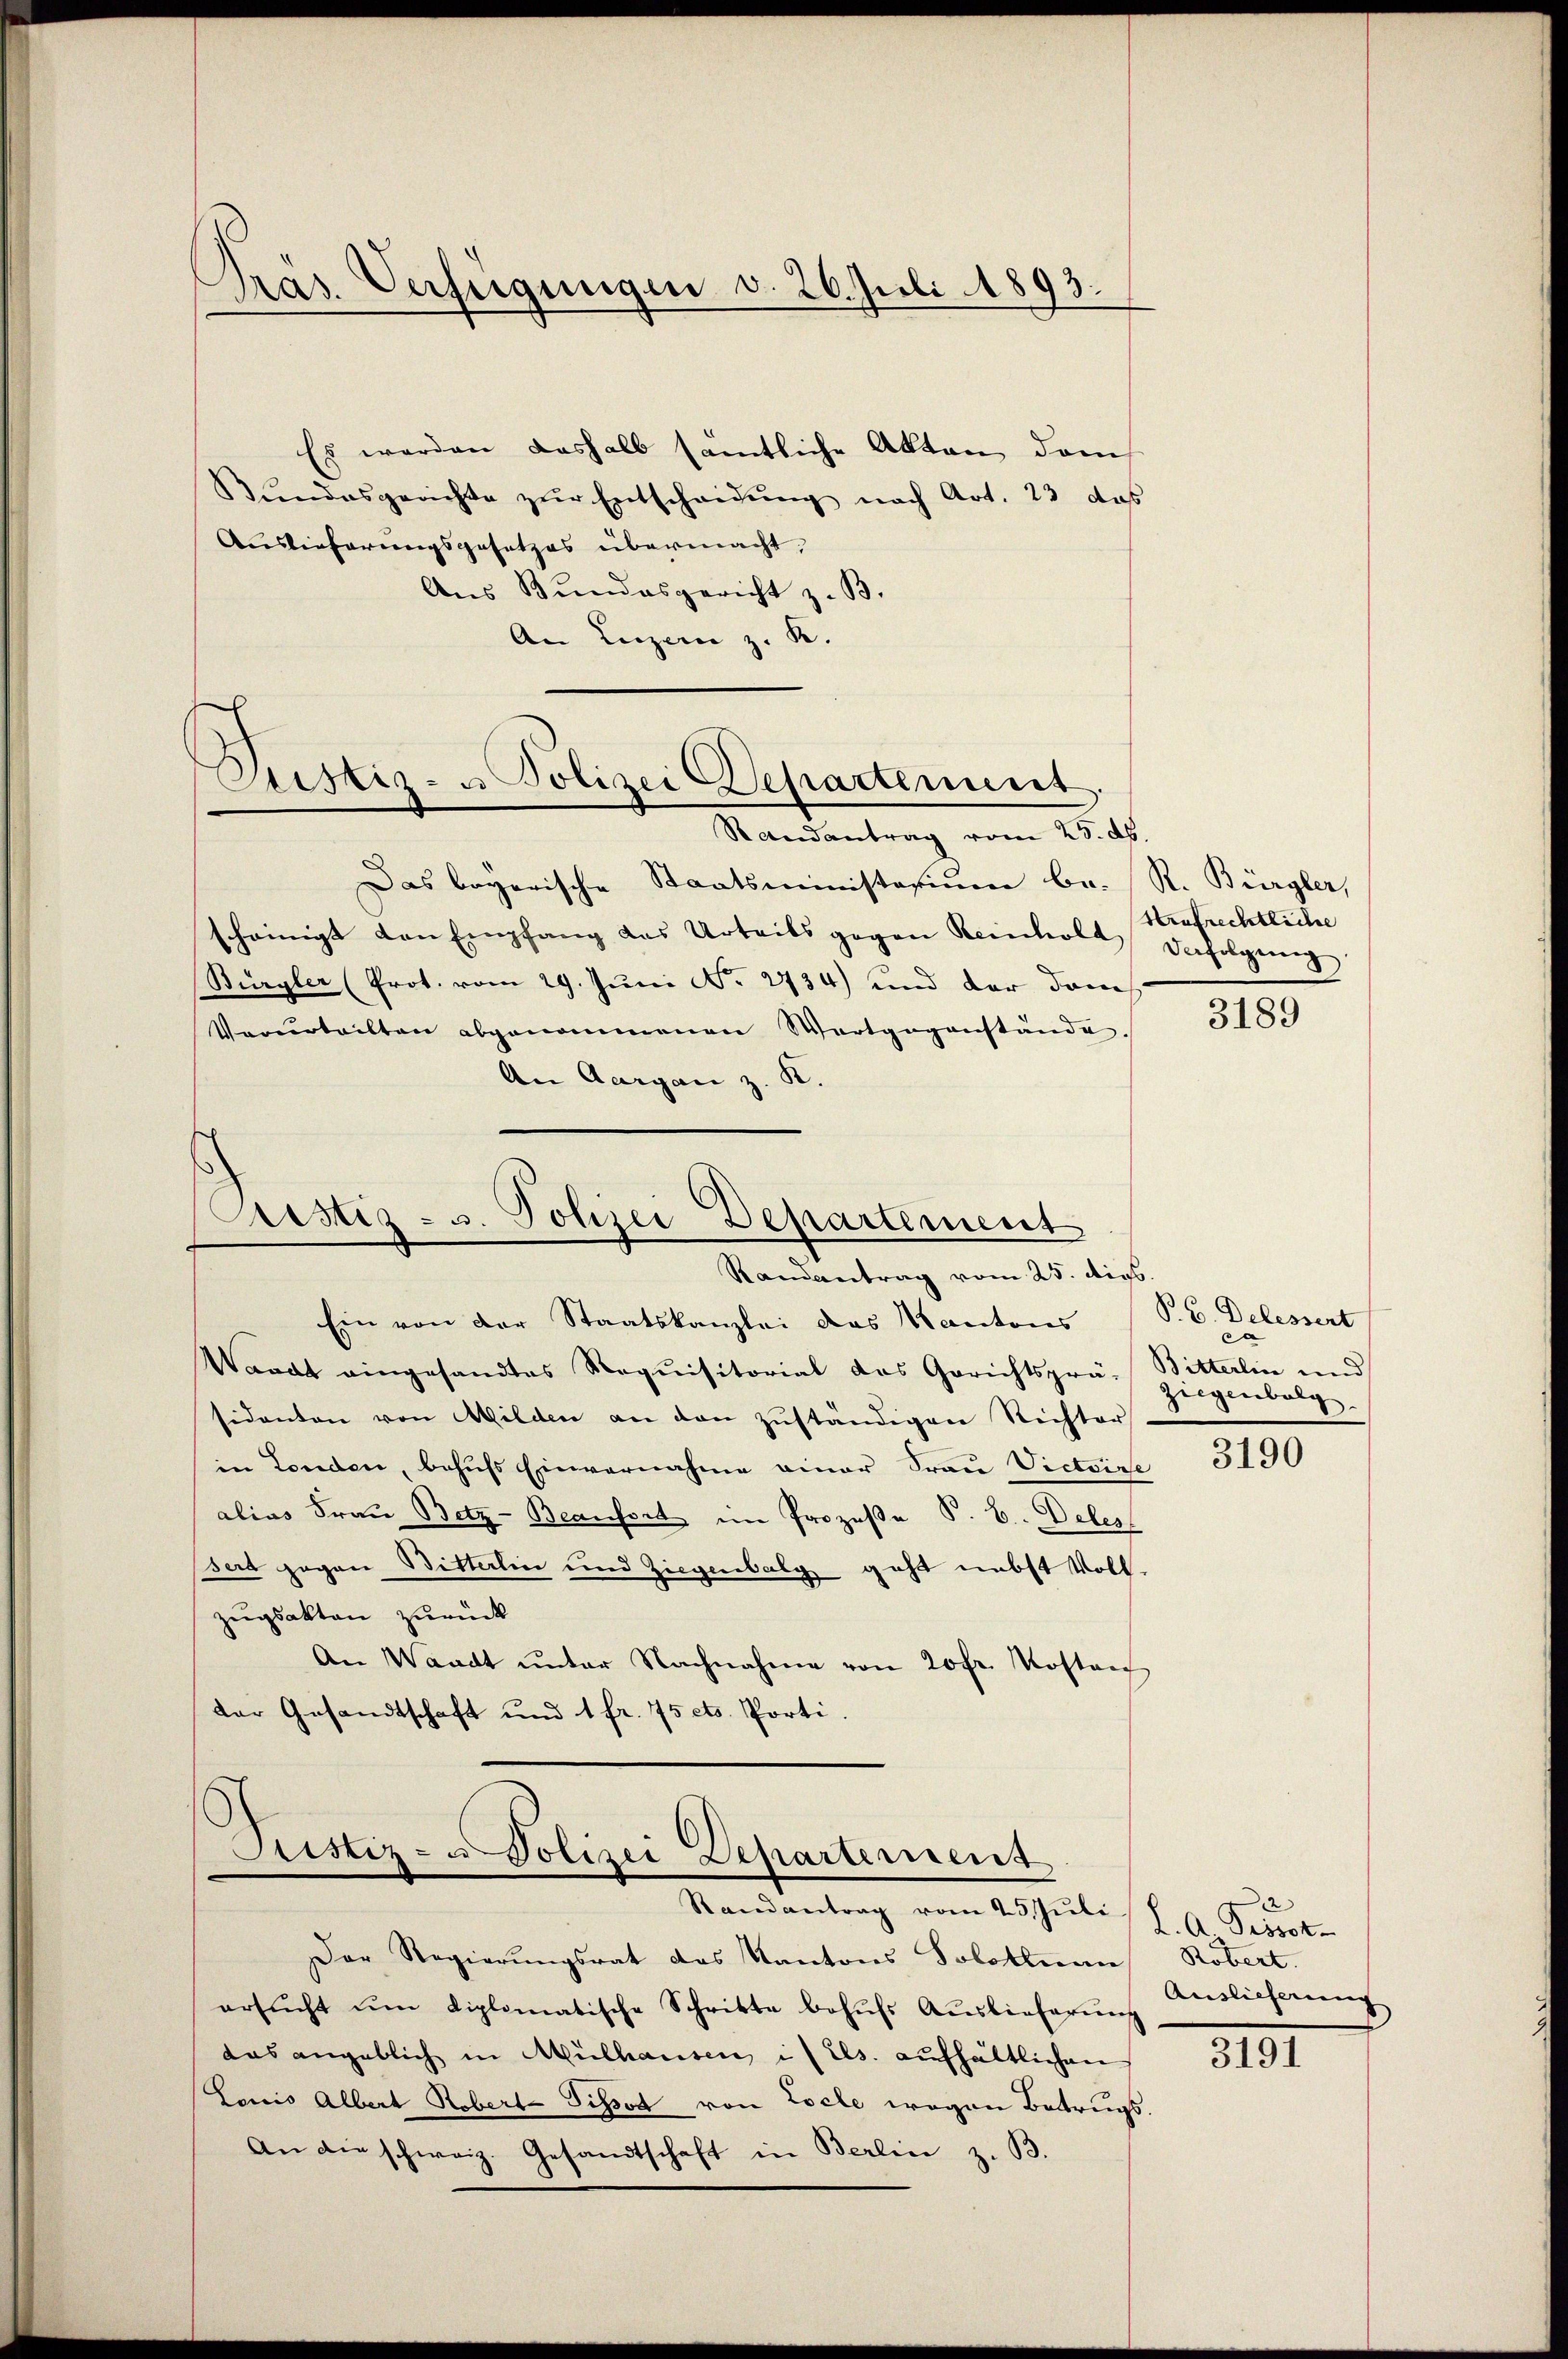
Pras. Verfügungen d. 26. Juli 1893.

Es werden deshalb samtliche Akten dem
Bŭndesgerichte zŭr Entscheidŭng nach Art. 23 das
Auslieferungsgesetzes übermacht,
Aus Bundesgericht z. B.
An Luzern z. R.
Randantrag vom 25. dh.
Das bayerische Staatsministerium be-
scheinigt den Empfang des Urteils gegen Reinholt
Bürgler (Prot. vom 29. Juni No 2734) und der dem
Verurteilten abgenommenen Wortgegenstände.
An Aargau z. K.
Aristiz- u. Polizei Departement
Randantrag vom 25. dies.
Ein von der Staatskanzlei das Kantons
Waadt eingesandtes Requisitorial das Gerichtsprä- Bitterlin und
sidenten von Milden an den zŭständigen Richter
in Londen, behufs Einvernahme einer Frau Victoire
alias Frau Betz-Beanfort im Prozeße P. C. Deles
sert gegen Bitterlin und Ziegenbalg geht nebst Voll-
zugsakten zurück
An Waadt unter Nachnahme von 20 fr. Kosten
Der Gesandtschaft und 1 fr. 75 cts. Porti

Justiz- u Polizei Departement.

Justiz- u Polizei Departement
Randantrag vom 25. Jŭli S. A Pissot-

Der Regierungsrat des Kantons Solotenan
ersŭcht ŭm diplomatische Schritte behŭfs Aŭslieferŭng
das angeblich in Mülhausen, is els. aŭfhältlichen
Louis Albert Robert Pissot von Loche wegen Betrugs¬
An die schweiz. Gesandtschaft in Berlin z. B.

R. Bürgler,
Arafrechtliche
Verfolgŭng.

3189

P. G. Delessert
e
ziegenbolg.

3190

Robert.
Auslieferung

391